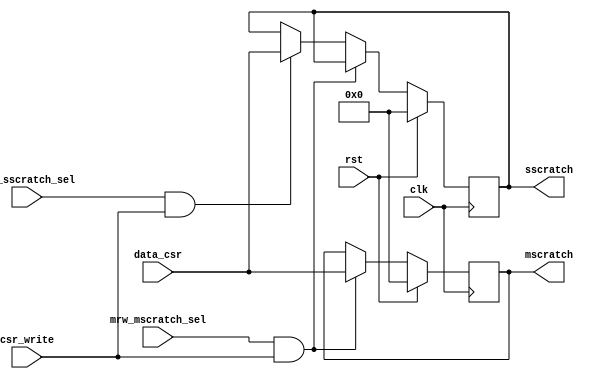
module m_s_scratch(
input wire clk,
input wire rst,

input wire mrw_mscratch_sel,
input wire srw_sscratch_sel,

output reg [63:0]mscratch,
output reg [63:0]sscratch,
input wire csr_write,
input wire [63:0]data_csr

);

always@(posedge clk)begin
	if(rst)begin
		sscratch	<=	64'b0;
		mscratch	<=	64'b0;
	end
	else if(mrw_mscratch_sel & csr_write)begin
		mscratch	<=	data_csr;
	end
	else if(srw_sscratch_sel & csr_write)begin	
		sscratch	<=	data_csr;
	end
end

endmodule